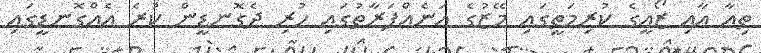
ތިއާ އާއި ޒޯއީގެ ކުރިމަތީގައި މޭޒުގެ އަނެއްފަރާތުގައި ހުރި ދެގޮނޑީން ކުރެ އެއްގޮނޑީގައި